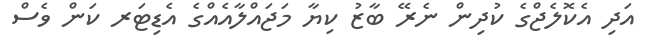
އަދި އެކޮލެޖްގެ ކުދިން ނެރޭ ބާޒު ކިޔާ މަޖައްލާއެއްގެ އެޑިޓަރ ކަން ވެސް